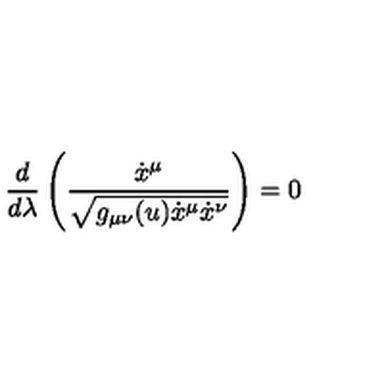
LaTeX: \frac { d } { d \lambda } \left( \frac { \dot { x } ^ { \mu } } { \sqrt { g _ { \mu \nu } ( u ) \dot { x } ^ { \mu } \dot { x } ^ { \nu } } } \right) = 0